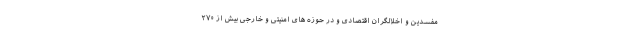
مفسدین و اخلالگران اقتصادی و در حوزه های امنیتی و خارجی بیش از ۲۷۰